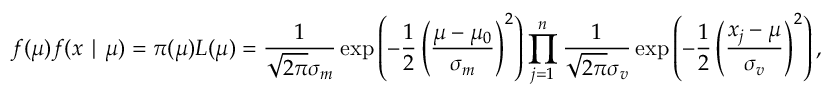
f ( \mu ) f ( x \mid \mu ) = \pi ( \mu ) L ( \mu ) = { \frac { 1 } { { \sqrt { 2 \pi } } \sigma _ { m } } } \exp \left( - { \frac { 1 } { 2 } } \left( { \frac { \mu - \mu _ { 0 } } { \sigma _ { m } } } \right) ^ { 2 } \right) \prod _ { j = 1 } ^ { n } { \frac { 1 } { { \sqrt { 2 \pi } } \sigma _ { v } } } \exp \left( - { \frac { 1 } { 2 } } \left( { \frac { x _ { j } - \mu } { \sigma _ { v } } } \right) ^ { 2 } \right) ,